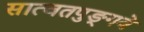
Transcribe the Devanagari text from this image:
सात्वतपुङ्गवे